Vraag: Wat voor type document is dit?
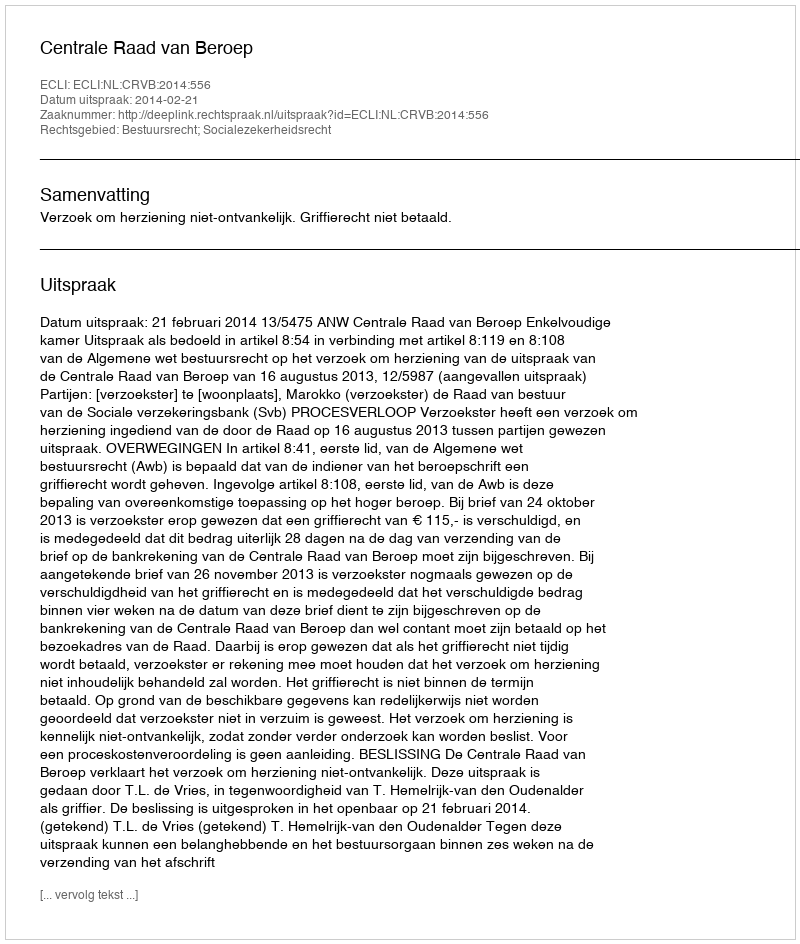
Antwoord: Uitspraak